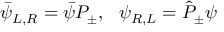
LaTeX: \bar { \psi } _ { L , R } = \bar { \psi } P _ { \pm } , \ \ \psi _ { R , L } = \hat { P } _ { \pm } \psi